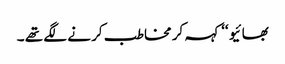
بھائیو ‘‘ کہہ کر مخاطب کر نے لگے تھے ۔